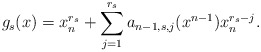
\begin{align*}g_{s} ( x)= x_n^{r_s}+ \sum_{j=1}^{r_s} a_{n-1,s,j} (x^{n-1}) x_n^{r_s-j}.\end{align*}